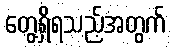
တွေ့ရှိရသည့်အတွက်